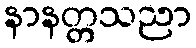
နာနတ္တသညာ